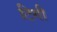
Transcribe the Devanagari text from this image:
टिगी